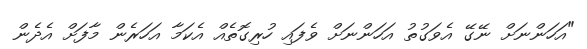
"އަހަންނަށް ނޭގޭ އެވަގުތު އަހަންނަށް ވެފައި ހުރިގޮތެއް އެކަމާ އަހަރެން މާފަށް އެދެން